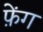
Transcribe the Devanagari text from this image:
फ़ेंग